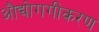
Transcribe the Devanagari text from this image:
औद्योगगीकरण